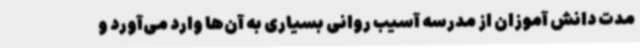
مدت دانش آموزان از مدرسه آسیب روانی بسیاری به آن‌ها وارد می‌آورد و